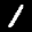
Label: 1